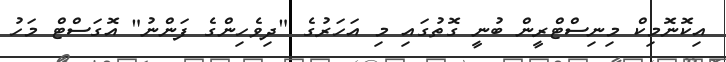
އިކޮނޮމިކް މިނިސްޓްރީން ބުނީ ގޮތުގައި މި އަހަރުގެ "ދިވެހިންގެ ފަންނު" އޮގަސްޓް މަހު